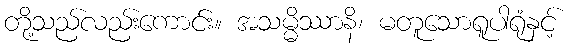
တို့သည်လည်းကောင်း။ အသမ္မိဿာနိ၊ မတူသောရူပါရုံနှင့်